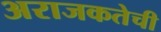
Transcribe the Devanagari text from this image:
अराजकतेची